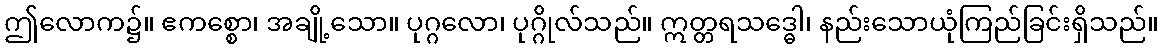
ဤလောက၌။ ဧကစ္စော၊ အချို့သော။ ပုဂ္ဂလော၊ ပုဂ္ဂိုလ်သည်။ ဣတ္တရသဒ္ဓေါ၊ နည်းသောယုံကြည်ခြင်းရှိသည်။